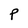
Character: P